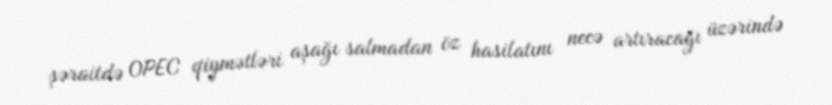
şəraitdə OPEC qiymətləri aşağı salmadan öz hasilatını necə artıracağı üzərində